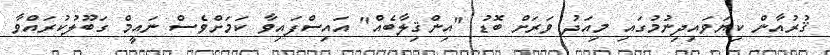
ޤުރުއާން ކިޔަވައިދިނުމުގައި މިއަދު ވަރަށް ބޮޑު "އިންޤިލާބެއް" އައިސްފައިވާ ކަމަށްވެސް ނައީމް ގަބޫލުކުރައްވާ